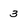
Character: 3